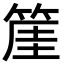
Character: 𥯅